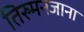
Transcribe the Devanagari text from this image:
तिरुमनजाना